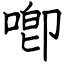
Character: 喞